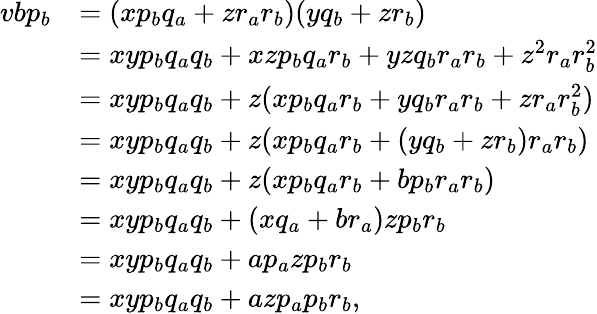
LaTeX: \begin{array}{rl}{vbp_{b}}&{=(xp_{b}q_{a}+zr_{a}r_{b})(yq_{b}+zr_{b})}\\ &{=xyp_{b}q_{a}q_{b}+xzp_{b}q_{a}r_{b}+yzq_{b}r_{a}r_{b}+z^{2}r_{a}r_{b}^{2}}\\ &{=xyp_{b}q_{a}q_{b}+z(xp_{b}q_{a}r_{b}+yq_{b}r_{a}r_{b}+zr_{a}r_{b}^{2})}\\ &{=xyp_{b}q_{a}q_{b}+z(xp_{b}q_{a}r_{b}+(yq_{b}+zr_{b})r_{a}r_{b})}\\ &{=xyp_{b}q_{a}q_{b}+z(xp_{b}q_{a}r_{b}+bp_{b}r_{a}r_{b})}\\ &{=xyp_{b}q_{a}q_{b}+(xq_{a}+br_{a})zp_{b}r_{b}}\\ &{=xyp_{b}q_{a}q_{b}+ap_{a}zp_{b}r_{b}}\\ &{=xyp_{b}q_{a}q_{b}+azp_{a}p_{b}r_{b},}\end{array}